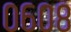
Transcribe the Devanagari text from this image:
०६०८